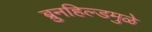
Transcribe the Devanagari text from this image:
ब्रुनहिल्डमुळे